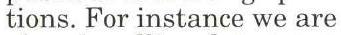
tions. For instance we are